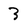
Character: 3